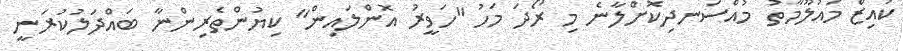
ކުއިޒް މައުލޫމާތު މުއްސަނދިކޮށްލާނެ މި ރޯދަ މަހު "ހަވީރު އޮންލައިން" ކިޔުންތެރިންނާ ބައްދަލުކުރަނީ